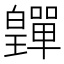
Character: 𤾺